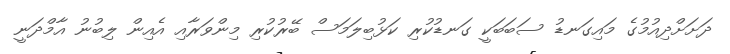
ދަށަށްދިއުމުގެ މައިގަނޑު ސަބަބަކީ ގަނޑުކުރި ކަޅުބިލަމަސް ބޭރުކުރި މިންވަރާއި އެއިން ލިބުނު އާމްދަނީ